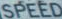
SPEED